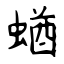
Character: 蝤